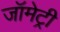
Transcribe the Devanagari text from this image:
जॉमेट्री